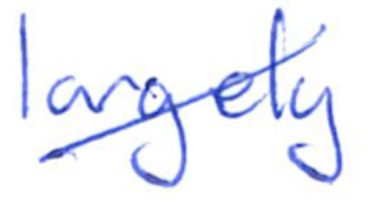
Text: largely
Cross-out: diagonal
Writing tool: ballpoint